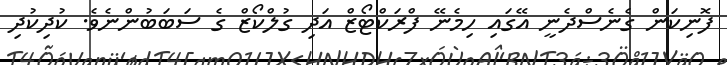
ފޮނިކަން ގެނެސްދެނީ އޭގައި ހިމެނޭ ފްރަކްޓޯޒް އަދި ގުލްކޯޒް ގެ ސަބަބުންނެވެ. ކުދިކުދި